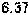
6.37